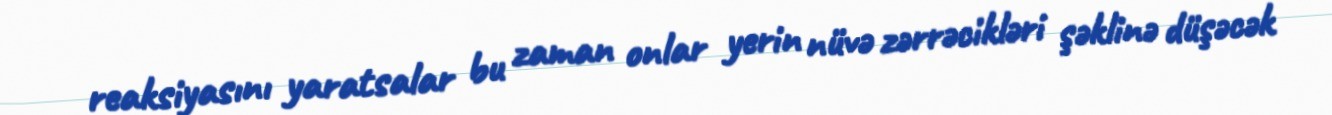
reaksiyasını yaratsalar bu zaman onlar yerin nüvə zərrəcikləri şəklinə düşəcək